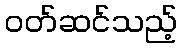
ဝတ်ဆင်သည့်